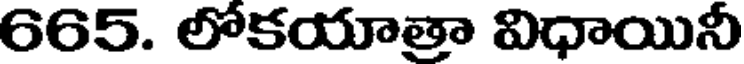
665. లోకయాత్రా విధాయినీ